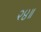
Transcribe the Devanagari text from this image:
२४॥